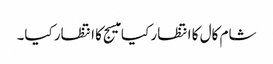
شام کال کا انتظار کیا میسج کا انتظار کیا۔